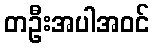
တဦးအပါအဝင်